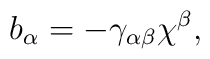
b_\alpha = - \gamma_{\alpha \beta} \chi^\beta ,